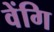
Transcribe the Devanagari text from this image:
वेंगि